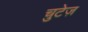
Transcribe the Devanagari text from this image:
चुटेज़